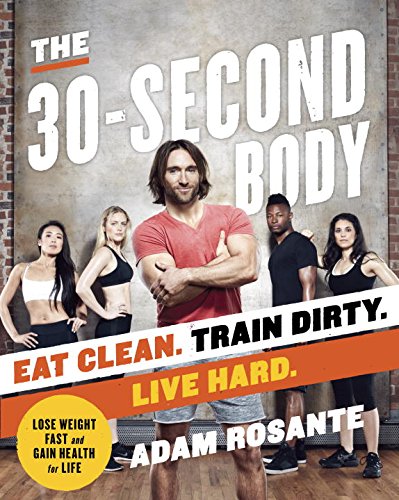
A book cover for The 30-Second Body: Eat Clean. Train Dirty. Live Hard.; Adam Rosante; Health, Fitness & Dieting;